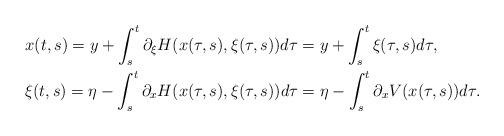
LaTeX: \begin{align*}\begin{aligned}&x(t,s)= y+\int_s^t \partial_\xi H(x(\tau,s),\xi(\tau,s))d\tau= y+\int_s^t \xi(\tau,s)d\tau,\\&\xi(t,s)= \eta-\int_s^t \partial_x H(x(\tau,s),\xi(\tau,s))d\tau=\eta-\int_s^t \partial_x V(x(\tau,s))d\tau.\end{aligned}\end{align*}